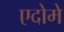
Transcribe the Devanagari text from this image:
एदोमे